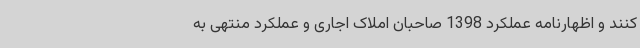
کنند و اظهارنامه عملکرد 1398 صاحبان املاک اجاری و عملکرد منتهی به